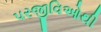
પરજીવિઓથી